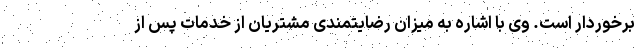
برخوردار است. وی با اشاره به میزان رضایتمندی مشتریان از خدمات پس از